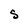
Character: S